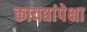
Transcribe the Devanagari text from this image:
कायद्यांपेक्षा